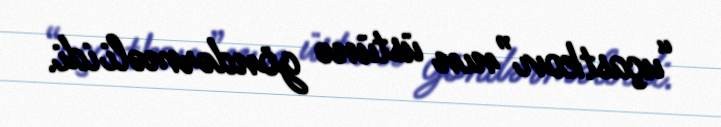
“uçastkovı”nın üstünə göndərməli idi.